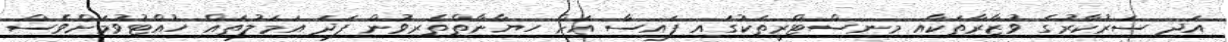
އަދި ސަރުކާރުގެ ވުޒާރާތަކާއި މިނިސްޓްރީތަކުގައި ފައިސާ އަށް ހިޔާނާތްތެރިވުން ފަދަ އަމަލުތައް ހުއްޓުވުމަށްވެސް